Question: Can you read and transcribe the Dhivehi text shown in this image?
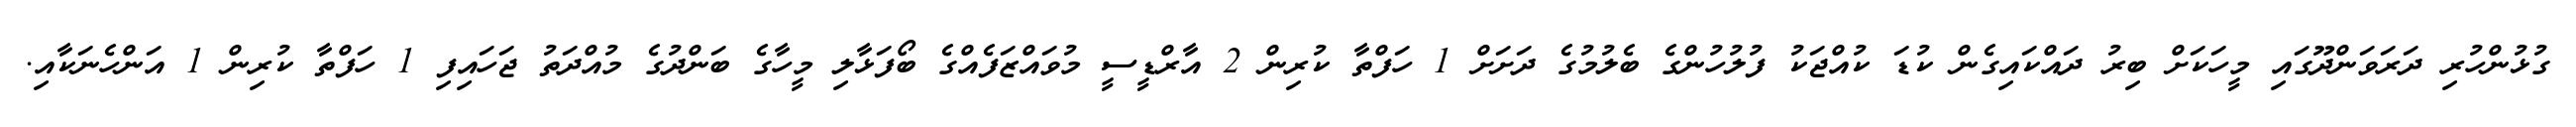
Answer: ގުޅުންހުރި ދަރަވަންދޫގައި މީހަކަށް ބިރު ދައްކައިގެން ކުޑަ ކުއްޖަކު ފުލުހުންގެ ބެލުމުގެ ދަށަށް 1 ހަފްތާ ކުރިން 2 އާރްޑީސީ މުވައްޒަފެއްގެ ބޯފަޅާލި މީހާގެ ބަންދުގެ މުއްދަތު ޖަހައިފި 1 ހަފްތާ ކުރިން 1 އަންހެނަކާއި.